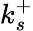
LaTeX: k_{s}^{+}